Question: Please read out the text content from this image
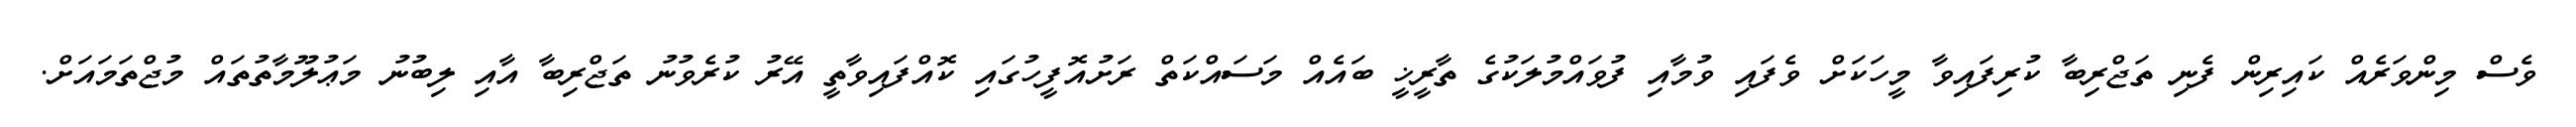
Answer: ވެސް މިންވަރެއް ކައިރިން ފެނި ތަޖްރިބާ ކުރިފައިވާ މީހަކަށް ވެފައި ވުމާއި ފުވައްމުލަކުގެ ތާރީޚީ ބައެއް މަސައްކަތް ރަށުއޮފީހުގައި ކޮއްފައިވާތީ އޭރު ކުރެވުނު ތަޖްރިބާ އާއި ލިބުނު މަޢުލޫމާތުތައް މުޖްތަމައަށް.